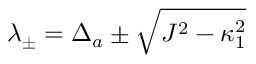
\lambda _ { \pm } = \Delta _ { a } \pm \sqrt { J ^ { 2 } - \kappa _ { 1 } ^ { 2 } }